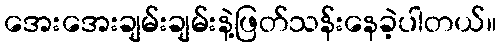
အေးအေးချမ်းချမ်းနဲ့ဖြတ်သန်းနေခဲ့ပါတယ်။